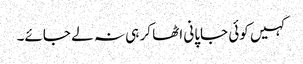
کہیں کوئی جاپانی اٹھا کر ہی نہ لے جائے۔